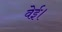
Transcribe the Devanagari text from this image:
वेई।